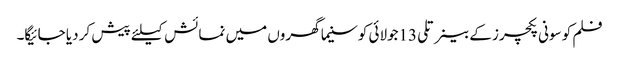
فلم کو سونی پکچرز کے بینر تلی13جولائی کوسنیما گھروں میں نمائش کیلئے پیش کر دیا جائیگا۔